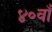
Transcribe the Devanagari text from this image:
४०वाँ